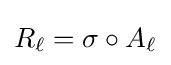
R_{\ell }=\sigma \circ A_{\ell }